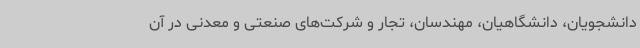
دانشجویان، دانشگاهیان، مهندسان، تجار و شرکت‌های صنعتی و معدنی در آن